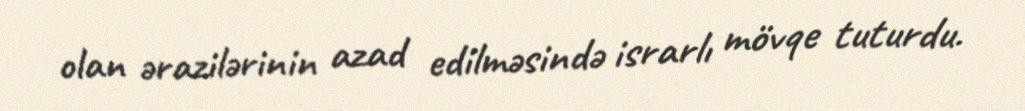
olan ərazilərinin azad edilməsində israrlı mövqe tuturdu.